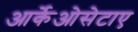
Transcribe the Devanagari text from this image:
आर्केओसेटाए